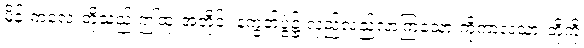
မိန်းကလေးတို့သည် ဤထုံးအတိုင်း နက္ခတ်ပွဲ၌ လှည့်လည်လာကြသော ကိုကာလသားတို့ကို